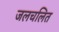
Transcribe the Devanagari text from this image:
जलचलित